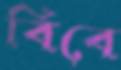
বিবে